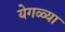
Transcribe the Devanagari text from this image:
येगळ्या